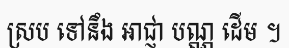
ស្រប ទៅនឹង អាជ្ញា បណ្ណ ដើម ។